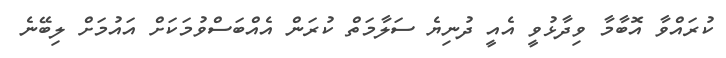
ކުރައްވާ އޮބާމާ ވިދާޅުވީ އެއީ ދުނިޔެ ސަލާމަތް ކުރަން އެއްބަސްވުމަކަށް އައުމަށް ލިބޭނެ